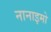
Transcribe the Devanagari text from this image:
नानाइमो